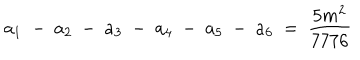
a _ { 1 } ~ - ~ a _ { 2 } ~ - ~ a _ { 3 } ~ - ~ a _ { 4 } ~ - ~ a _ { 5 } ~ - ~ a _ { 6 } ~ = ~ \frac { 5 m ^ { 2 } } { 7 7 7 6 }